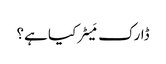
ڈارک مَیٹر کیا ہے؟